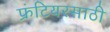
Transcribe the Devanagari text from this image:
फ्रंटियरसाठी